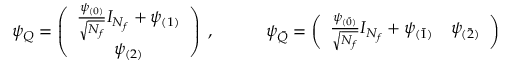
\psi _ { Q } = \left( \begin{array} { c } { { \frac { \psi _ { ( 0 ) } } { \sqrt { N _ { f } } } I _ { N _ { f } } + \psi _ { ( 1 ) } } } \\ { { \psi _ { ( 2 ) } } } \end{array} \right) \; , \qquad \quad \psi _ { \bar { Q } } = \left( \begin{array} { c c } { { \frac { \psi _ { ( \bar { 0 } ) } } { \sqrt { N _ { f } } } I _ { N _ { f } } + \psi _ { ( \bar { 1 } ) } } } & { { \psi _ { ( \bar { 2 } ) } } } \end{array} \right)